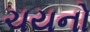
ચયનો